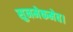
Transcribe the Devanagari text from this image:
सुनमेकमेव।